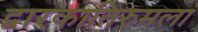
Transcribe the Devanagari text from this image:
द्वारकातिरुमला